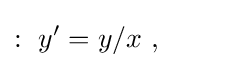
:\ y'=y/x\ ,\qquad